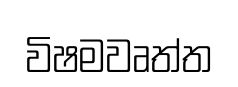
විෂමවෘත්ත